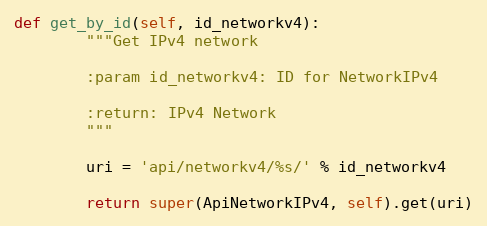
Language: Python
def get_by_id(self, id_networkv4):
        """Get IPv4 network

        :param id_networkv4: ID for NetworkIPv4

        :return: IPv4 Network
        """

        uri = 'api/networkv4/%s/' % id_networkv4

        return super(ApiNetworkIPv4, self).get(uri)